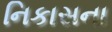
નિકાસના